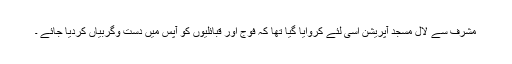
مشرف سے لال مسجد آپریشن اسی لئے کروایا گیا تھا کہ فوج اور قبائلیوں کو آپس میں دست وگربیاں کردیا جائے ۔